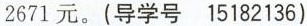
2671元。(导学号15182136)